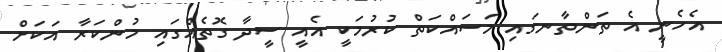
އެހެނީ އެ ތަންތާނގައި މަސައްކަތް ކުރުމަކީ އެއީ ސީދާ ގޮތެއްގައި މުންކަރާ އަކަށް